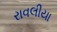
રાવલીયા